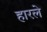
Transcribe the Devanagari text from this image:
हारले